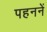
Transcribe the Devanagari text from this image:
पहननें